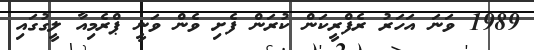
1989 ވަނަ އަހަރު ރެފްރީކަން ކުރަން ފެށި ވެން ވަނީ ޕްރެމިއާ ލީގުގައި